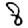
Digit: 8